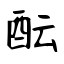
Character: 酝